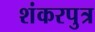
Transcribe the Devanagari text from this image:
शंकरपुत्र